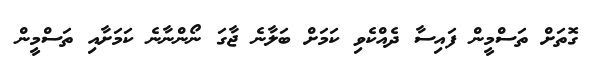
ގޮތަށް ތަސްމީން ފައިސާ ދެއްކެވި ކަމަށް ބަލާނެ ޖާގަ ނޯންނާނެ ކަމަށާއި ތަސްމީން